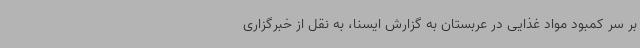
بر سر کمبود مواد غذایی در عربستان به گزارش ایسنا، به نقل از خبرگزاری